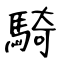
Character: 騎